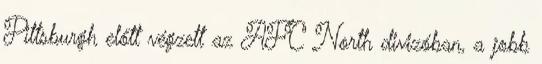
Pittsburgh előtt végzett az AFC North divizóban, a jobb